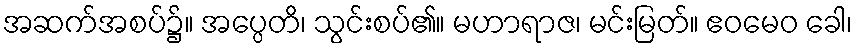
အဆက်အစပ်၌။ အပ္ပေတိ၊ သွင်းစပ်၏။ မဟာရာဇ၊ မင်းမြတ်။ ဧဝမေဝ ခေါ၊